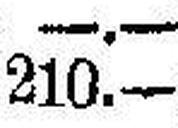
210.—